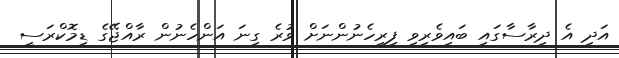
އަދި އެ ދިރާސާގައި ބައިވެރިވި ފިރިހެނުންނަށް ވުރެ ގިނަ އަންހެނުން ރާއްޖޭގެ ޑިމޮކްރަސީ